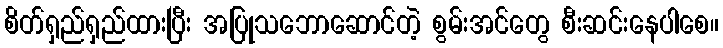
စိတ်ရှည်ရှည်ထားပြီး အပြုသဘောဆောင်တဲ့ စွမ်းအင်တွေ စီးဆင်းနေပါစေ။